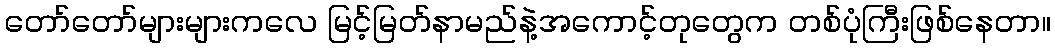
တော်တော်များများကလေ မြင့်မြတ်နာမည်နဲ့အကောင့်တုတွေက တစ်ပုံကြီးဖြစ်နေတာ။